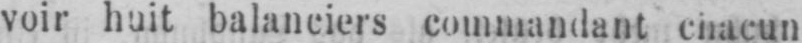
voir huit balanciers commandant chacun